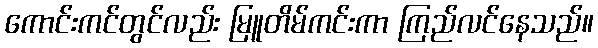
ကောင်းကင်တွင်လည်း မြူတိမ်ကင်းကာ ကြည်လင်နေသည်။